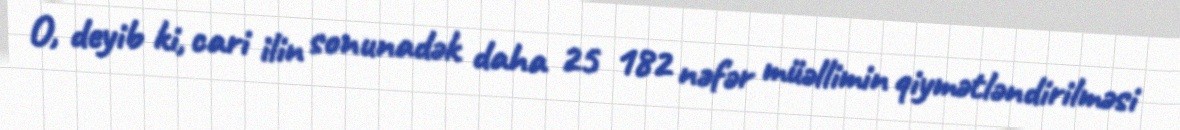
O, deyib ki, cari ilin sonunadək daha 25 182 nəfər müəllimin qiymətləndirilməsi